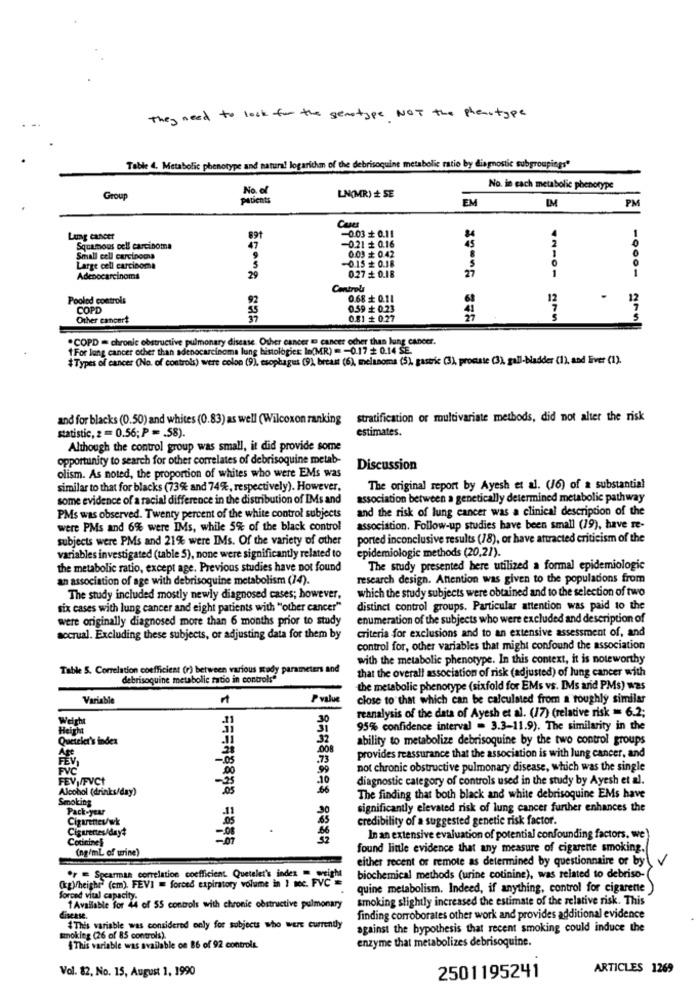
They need to look for the genotype NOT the phenotype
Table 4. Metabolic phenotype and natural logarithm of the debrisoquine metabolic ratio by diagnostic subgroupings"
No. of
No. in each metabolic phenotype
Group
Pibents
LN(MR) + SE
EM
IM
PM
-0.03+ 0.11
Lung cancer
891
Squamous cell carcinoma
-0.21 + 0.16
0.03 + 0.42
45
Small cell carcinoma
Large cell carcinoma
-0.15 = 0.18
27
1
Adenocarcinoma
29
0.27 = 0.18
Controls
Pooled controls
0.68 + 0.11
12
12
COPD
0.59 + 0.23
Other cancert
0.81 + 0.27
.COPD = chronic obstructive pulmonary disease. Other cancer @ cancer ocher than lung cancer.
1 For lung cancer ocher than adenocarcinoma lung bistologies: lo(MR) = - 0.17 + 0.14 SE.
#Types of cancer (No. of controls) were colon (9), esophagus (9), breast (6), melanoma (5), gastric (3), procuste (3), gall-bladder (1), and Ever (1).
and for blacks (0.50) and whites (0.83) as well (Wilcoxon ranking
stratification or multivariate methods, did not alter the risk
statistic, z = 0.56; P = . 58).
estimates.
Although the control group was small, it did provide some
opportunity to search for other correlates of debrisoquine metab-
olism. As noted, the proportion of whites who were EMs was
Discussion
similar to that for blacks (73% and 74%, respectively). However,
The original report by Ayesh et al. (16) of a substantial
some evidence of a racial difference in the distribution of IMs and
association between a genetically determined metabolic pathway
and the risk of lung cancer was a clinical description of the
PMs was observed. Twenty percent of the white control subjects
were PMs and 6% were IMs, while 5% of the black control
association. Follow-up studies have been small (19), have re-
subjects were PMs and 21% were IMs. Of the variety of other
ported inconclusive results (18), or have attracted criticism of the
epidemiologic methods (20,21).
variables investigated (table 5), none were significantly related to
the metabolic ratio, except age. Previous studies have not found
The study presented here utilized a formal epidemiologic
an association of age with debrisoquine metabolism (14).
research design. Attention was given to the populations from
which the study subjects were obtained and to the selection of two
The study included mostly newly diagnosed cases; however,
six cases with lung cancer and eight patients with "other cancer"
distinct control groups. Particular attention was paid to the
were originally diagnosed more than 6 months prior to study
enumeration of the subjects who were excluded and description of
accrual. Excluding these subjects, or adjusting data for them by
criteria for exclusions and to an extensive assessment of, and
control for, other variables that might confound the association
with the metabolic phenotype. In this context, it is noteworthy
Table 5. Correlation coefficient (r) between various study parameters and
that the overall association of risk (adjusted) of lung cancer with
debrisoquine metabolic ratio in controls"
the metabolic phenotype (sixfold for EMs vs. [Ms and PMs) was
Variable
P value
close to that which can be calculated from a roughly similar
reanalysis of the data of Ayesh et al. (17) (relative risk = 6.2;
Weight
30
Height
95% confidence interval = 3.3-11.9). The similarity in the
Queteict's index
32
ability to metabolize debrisoquine by the two control groups
008
FEV
-. 05
73
provides reassurance that the association is with lung cancer, and
FVC
99
not chronic obstructive pulmonary disease, which was the single
FEV /FVC+
10
diagnostic category of controls used in the study by Ayesh et al.
Alcohol (drinks/day)
66
Smoking
The finding that both black and white debrisoquine EMs have
Pack-year
significantly elevated risk of lung cancer further enhances the
Cigarettes/wk
30
credibility of a suggested genetic risk factor.
Cigarettes/day4
Cotinines
In an extensive evaluation of potential confounding factors. we
(ng/ml of wine)
found little evidence that any measure of cigarette smoking.
either recent or remote as determined by questionnaire or by V
·r = Spearman correlation coefficient. Quetelet's index = weig
(kg)height' (cm). FEVI = forced expiratory volume in 1 toc. FVC=
biochemical methods (urine cotinine), was related to debriso-(
quine metabolism. Indeed, if anything, control for cigarette
forced vital capacity.
smoking slightly increased the estimate of the relative risk. This
1 Available for 44 of 55 controls with chronic obstructive pulmonary
disease.
finding corroborates other work and provides additional evidence
#This variable was considered only for subjects who were currently
against the hypothesis that recent smoking could induce the
smoking (26 of 85 controls).
enzyme that metabolizes debrisoquine.
{This variable was available on 86 of 92 controls.
Vol. 82, No. 15, August 1, 1990
ARTICLES 1269
2501195241